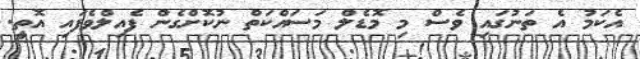
އެކަމު އެ ތަނުގައި ވެސް މި މޮޑެލް މަސައްކަތް ނުކޮށްގެން ފެއިލްވެފައި އޮތީ.